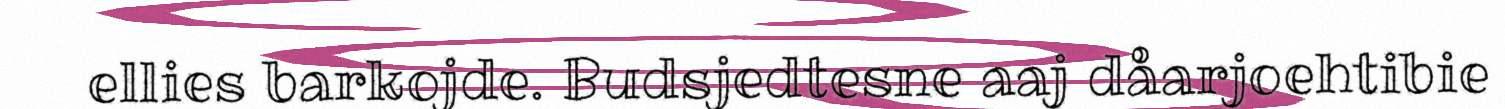
ellies barkojde. Budsjedtesne aaj dåarjoehtibie